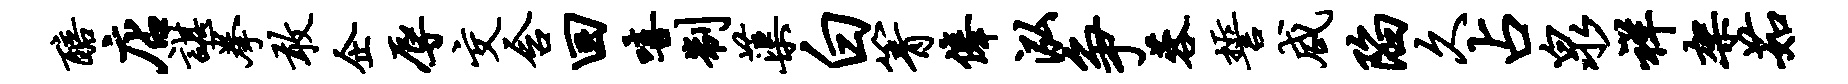
醅店谌拳敢企辱交含回嘻制蕖白箐俸泓争蓉誓咸陷久占泉祥架茹